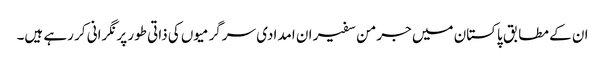
ان کے مطابق پاکستان میں جرمن سفیر ان امدادی سرگرمیوں کی ذاتی طور پر نگرانی کر رہے ہیں۔